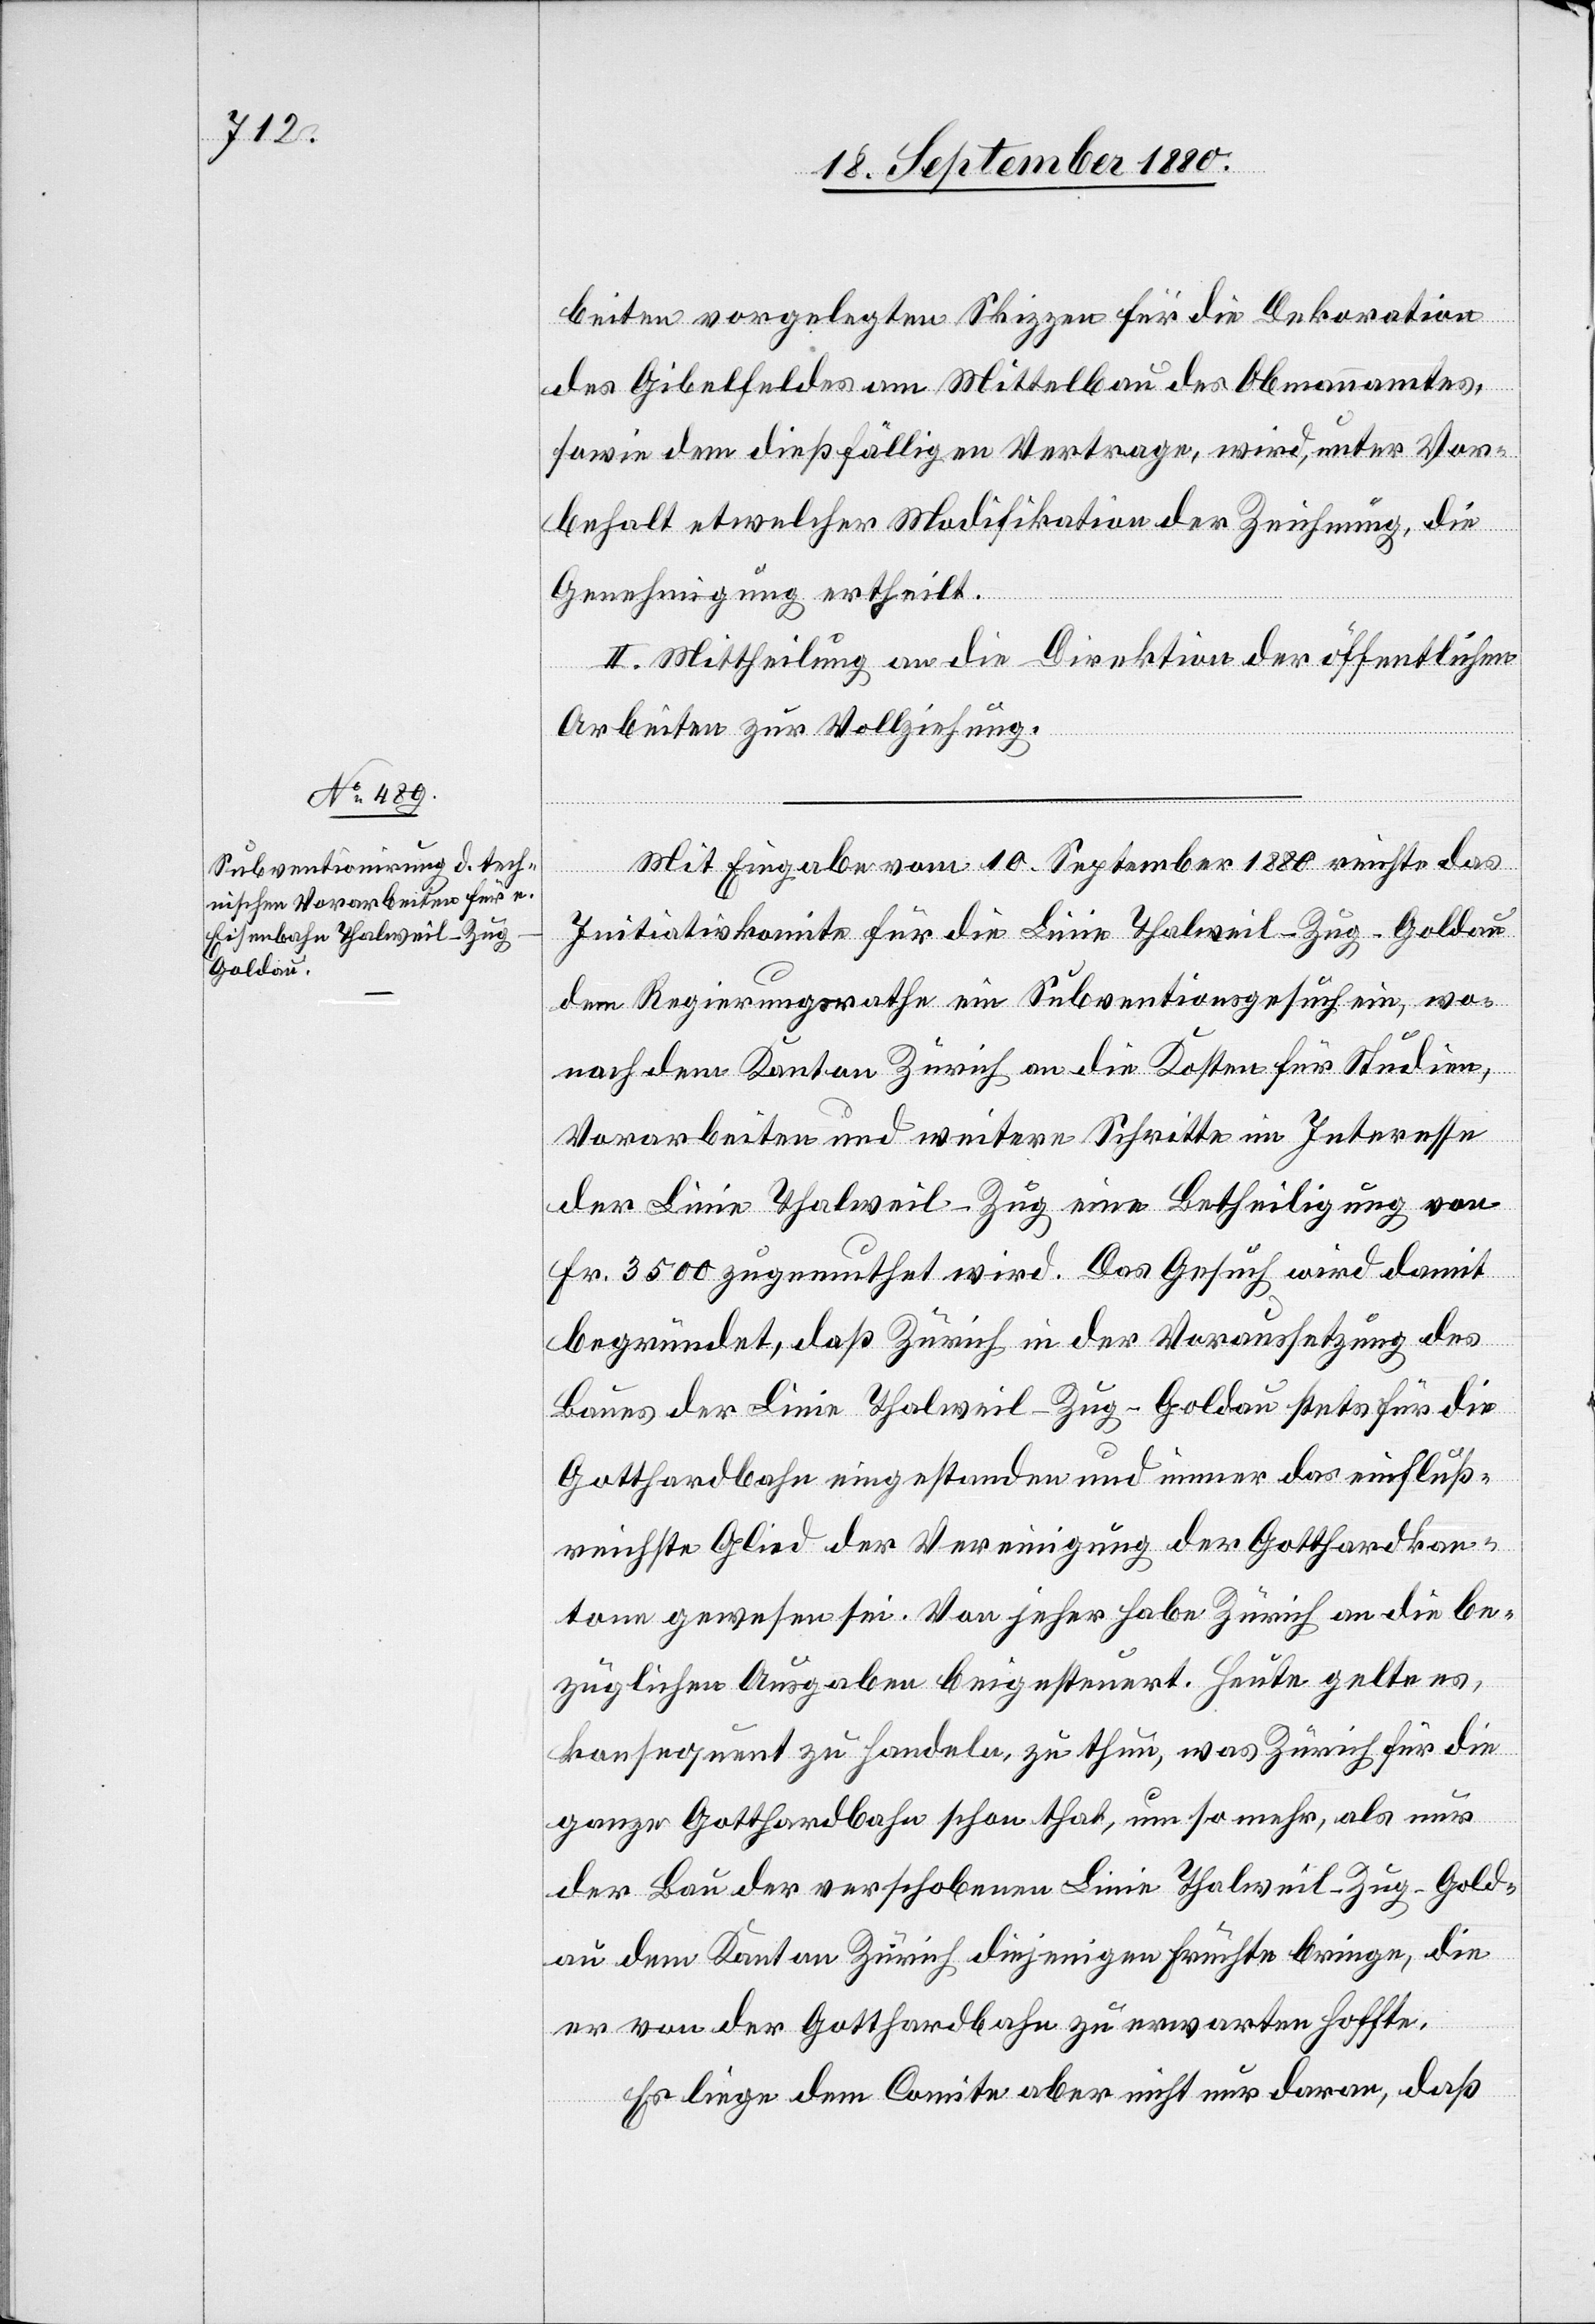
beiten vorgelegten Skizzen für die Dekoration
des Gibelfeldes am Mittelbau des Obmannamtes,
sowie dem dießfälligen Vertrage, wird, unter Vor¬
behalt etwelcher Modifikation der Zeichnung, die
Genehmigung ertheilt.
II. Mittheilung an die Direktion der öffentlichen
Arbeiten zur Vollziehung.
Mit Eingabe vom 10. September 1880 richte das
Initiativkomite für die Linie Thalweil–Zug–Goldau
dem Regierungsrathe ein Subventionsgesuch ein, wo¬
nach dem Kanton Zürich an die Kosten für Studien,
Vorarbeiten und weitere Schritte im Interesse
der Linie Thalweil–Zug eine Betheiligung von
Fr. 3500 zugemuthet wird. Das Gesuch wird damit
begründet, daß Zürich in der Voraussetzung des
Baues der Linie Thalweil–Zug–Goldau stets für die
Gotthardbahn eingestanden und immer das einfluß¬
reichste Glied der Vereinigung der Gotthardkan¬
tone gewesen sei. Von jeher habe Zürich an die be¬
züglichen Ausgaben beigesteuert. Heute gelte es,
konsequent zu handeln, zu thun, was Zürich für die
ganze Gotthardbahn schon that, um so mehr, als nur
der Bau der verschobenen Linie Thalweil–Zug–Gold¬
au dem Kanton Zürich diejenigen Früchte bringe, die
er von der Gotthardbahn zu erwarten hoffte.
Es liege dem Comite aber nicht nur daran, daß